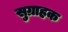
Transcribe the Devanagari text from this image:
सुग्राहक